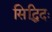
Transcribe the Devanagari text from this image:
सिद्धिदः